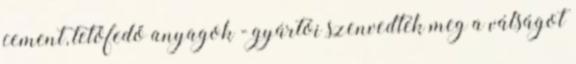
cement, tetőfedő anyagok - gyártói szenvedték meg a válságot